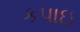
કપાઇ